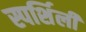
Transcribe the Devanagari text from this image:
स्पर्शिली